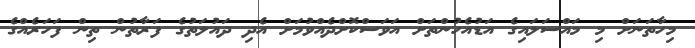
މިހާތަނަށް މި މައްސަލައިގެ އަޑުއެހުންތަށް އަވަސްކޮށްދެއްވުމަށް އެދި ދައުލަތުގެ ފަރާތުން ތިން ފަހަރެއްގެ